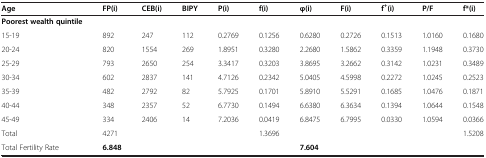
| Age | FP(i) | CEB(i) | BIPY | P(i) | f(i) | φ(i) | F(i) | f+(i) | P/F | f*(i) |
 | --- | --- | --- | --- | --- | --- | --- | --- | --- | --- | --- |
 | Poorest wealth quintile |  |  |  |  |  |  |  |  |  |  |
 | 15-19 | 892 | 247 | 112 | 0.2769 | 0.1256 | 0.6280 | 0.2726 | 0.1513 | 1.0160 | 0.1680 |
 | 20-24 | 820 | 1554 | 269 | 1.8951 | 0.3280 | 2.2680 | 1.5862 | 0.3359 | 1.1948 | 0.3730 |
 | 25-29 | 793 | 2650 | 254 | 3.3417 | 0.3203 | 3.8695 | 3.2662 | 0.3142 | 1.0231 | 0.3489 |
 | 30-34 | 602 | 2837 | 141 | 4.7126 | 0.2342 | 5.0405 | 4.5998 | 0.2272 | 1.0245 | 0.2523 |
 | 35-39 | 482 | 2792 | 82 | 5.7925 | 0.1701 | 5.8910 | 5.5291 | 0.1685 | 1.0476 | 0.1871 |
 | 40-44 | 348 | 2357 | 52 | 6.7730 | 0.1494 | 6.6380 | 6.3634 | 0.1394 | 1.0644 | 0.1548 |
 | 45-49 | 334 | 2406 | 14 | 7.2036 | 0.0419 | 6.8475 | 6.7995 | 0.0330 | 1.0594 | 0.0366 |
 | Total | 4271 |  |  |  | 1.3696 |  |  |  |  | 1.5208 |
 | Total Fertility Rate | 6.848 |  |  |  |  | 7.604 |  |  |  |  |